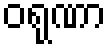
ဝရုဏာ